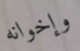
وإخوانه